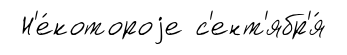
Н'е́котороjе с'ент'ябр'я́